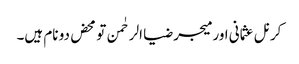
کرنل عثمانی اور میجر ضیا الرحٰمن تو محض دو نام ہیں۔